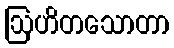
ဩဟိတသောတာ